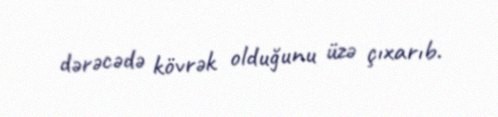
dərəcədə kövrək olduğunu üzə çıxarıb.